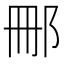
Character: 𮟰